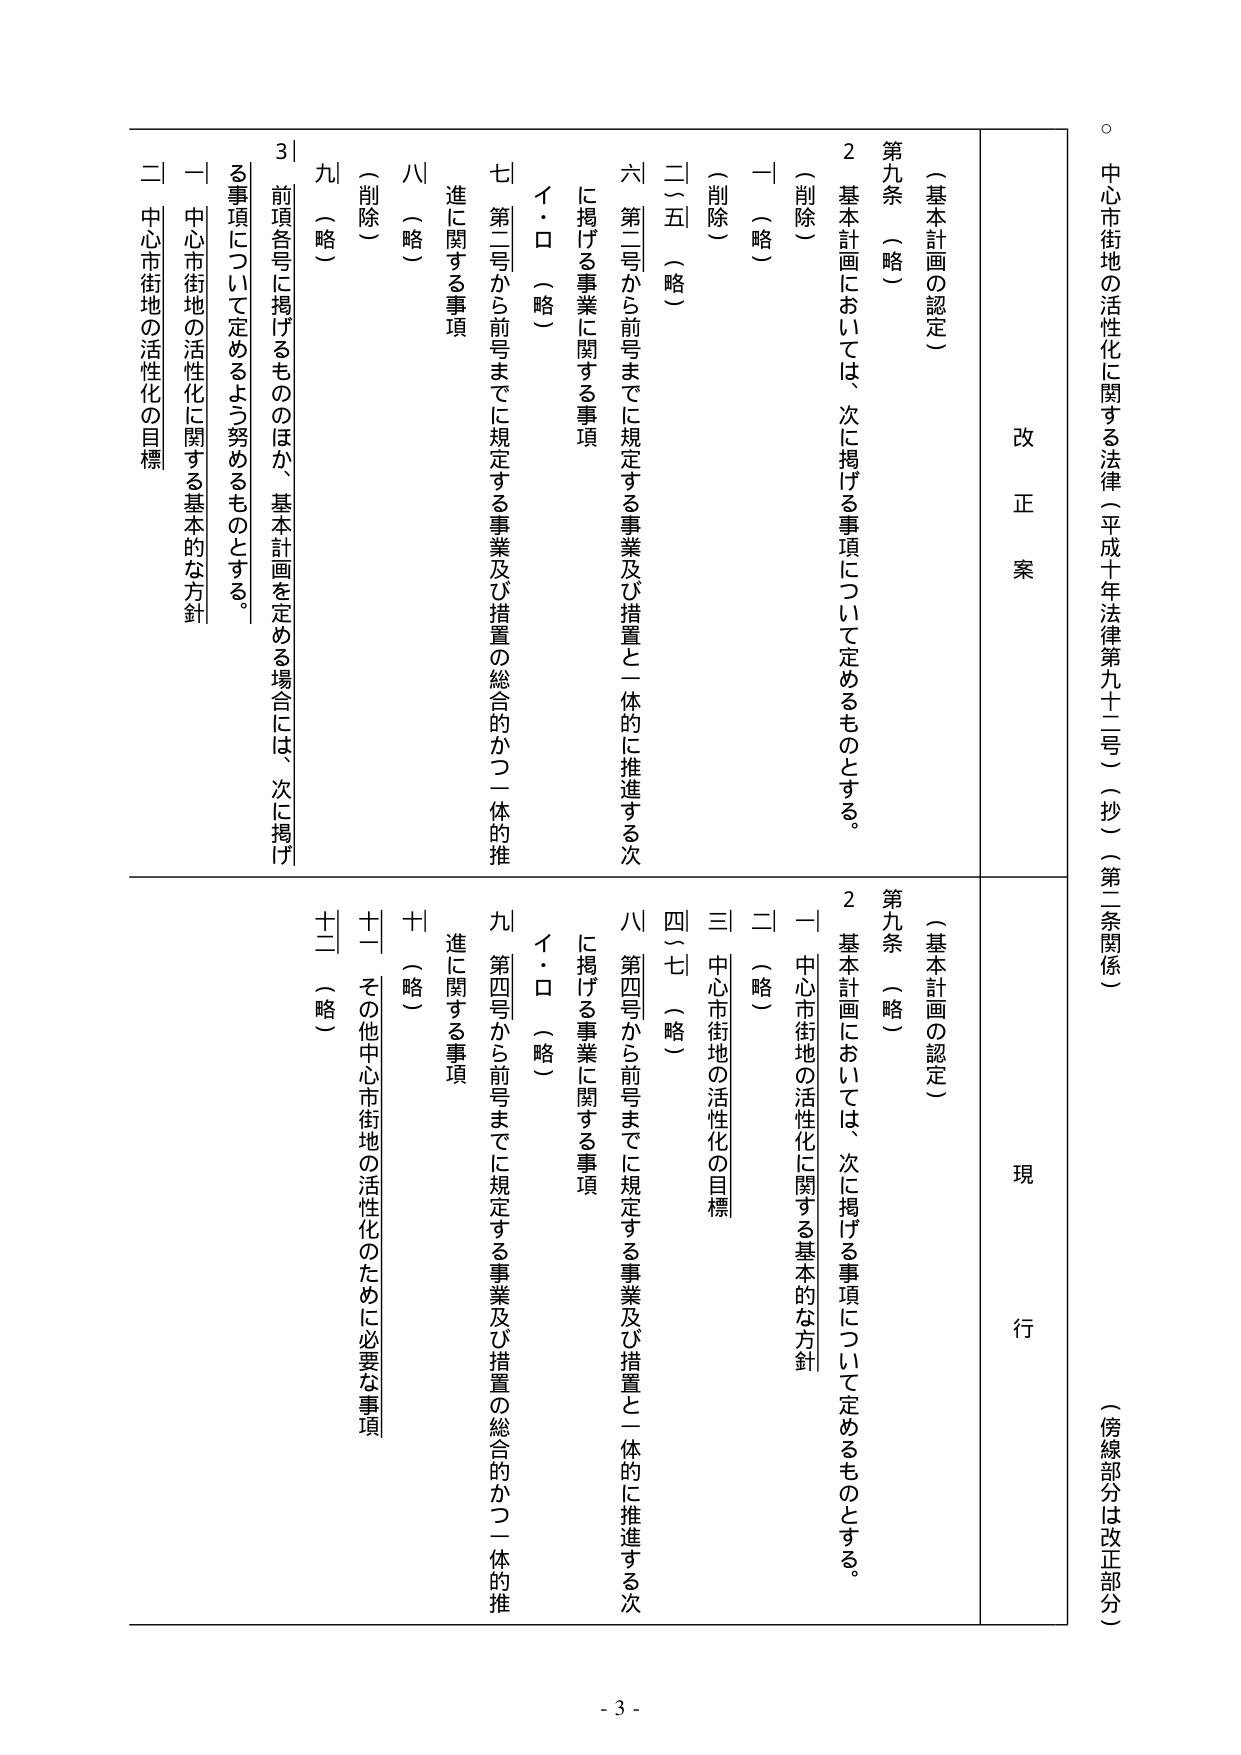
中心市街地の活性化に関する法律（平成十年法律第九十二号）（抄）（第二条関係）
（傍線部分は改正部分）

改正案
（基本計画の認定）
第九条 （略）
２ 基本計画においては、次に掲げる事項について定めるものとする。
（削除）
一 （略）
（削除）
二〜五 （略）
六 第二号から前号までに規定する事業及び措置と一体的に推進する次に掲げる事業に関する事項
イ・ロ （略）
七 第三号から前号までに規定する事業及び措置の総合的かつ一体的推進に関する事項
八 （略）
（削除）
九 （略）
３ 前項各号に掲げるもののほか、基本計画を定める場合には、次に掲げる事項について定めるよう努めるものとする。
一 中心市街地の活性化に関する基本的な方針
二 中心市街地の活性化の目標

現行
（基本計画の認定）
第九条 （略）
２ 基本計画においては、次に掲げる事項について定めるものとする。
一 中心市街地の活性化に関する基本的な方針
二 （略）
三 中心市街地の活性化の目標
四〜七 （略）
八 第四号から前号までに規定する事業及び措置と一体的に推進する次に掲げる事業に関する事項
イ・ロ （略）
九 第四号から前号までに規定する事業及び措置の総合的かつ一体的推進に関する事項
十 （略）
十一 その他中心市街地の活性化のために必要な事項
十二 （略）

- 3 -